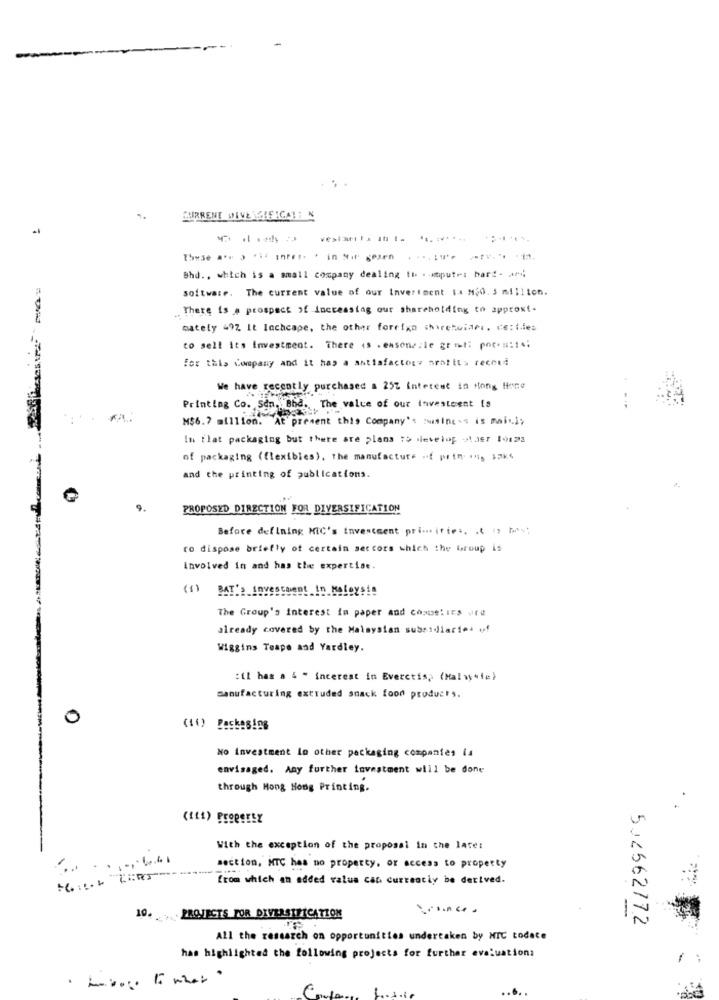
. .
CURRENT WEVEIGAFICA !: N
.:......
These a .. ) "i ifet- " in sir gesen
Shd ., which is a small company dealing th . mputri hart- ami;
software. The current value of our Investment ta M$0. 3 million.
. There is a prospect of increasing our shareholding to approxt-
mately 49Z It Inchcape, the other foreign shiretuiarı. Ce: i.les
to sell its investment. There is . ensonsale grat: por .:: 14;
for this Company and it has a antisfactory profits recent
We have recently purchased a 25% interest in Hong tiene
Printing Co. Sen. Bhe. The value of our investment is
M$6.7 million. At present this Company's using's is mail:
In flat packaging but there are plans to develop -der 19123
of packaging (flexibles). the manufacture -f prin- ins Jak4
and the printing of publications.
PROPOSED DIRECTION FOR DIVERSIFICATION
Before defining MC's Investment pri ... ities;
ro dispose briefly of certain sectors which the Group is
involved in and has the expertise.
(1)
The Group's Interest In paper and comoelins uru
already covered by the Malaysian subsidiaries of
Wiggins Teape and Yardley.
:il has a 4 " interest in Everctis, (Malwywie}
manufacturing extruded snack food products.
0
No investment lo other packaging companies is
envisaged. Any further investment will be done
through Mong Hong Printing.
With the exception of the proposal in the late:
...
section, HTC has no property, or access to property
from which an added value can currently be derived.
10. PROJECTS FOR DIVERSIFICATION
502562772
All the research on opportunities undertaken by NIC todate
has highlighted the following projects for further evaluations
. hubogo to what "